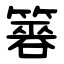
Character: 簭